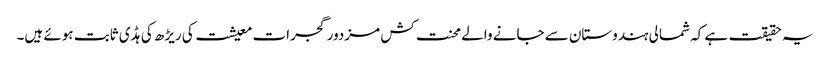
یہ حقیقت ہے کہ شمالی ہندوستان سے جانے والے محنت کش مزدور گجرات معیشت کی ریڑھ کی ہڈی ثابت ہوئے ہیں۔